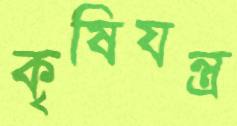
কৃষিযন্ত্র